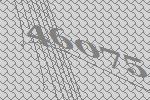
46075